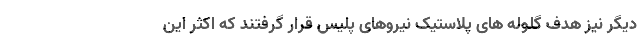
دیگر نیز هدف گلوله های پلاستیک نیروهای پلیس قرار گرفتند که اکثر این